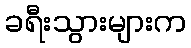
ခရီးသွားများက